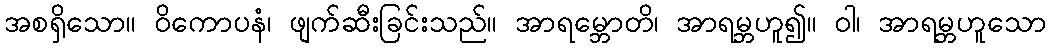
အစရှိသော။ ဝိကောပနံ၊ ဖျက်ဆီးခြင်းသည်။ အာရမ္ဘောတိ၊ အာရမ္ဘဟူ၍။ ဝါ၊ အာရမ္ဘဟူသော